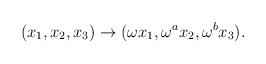
\begin{align*}(x_1,x_2,x_3)\rightarrow (\omega x_1,\omega^a x_2,\omega^b x_3).\end{align*}